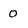
Character: o